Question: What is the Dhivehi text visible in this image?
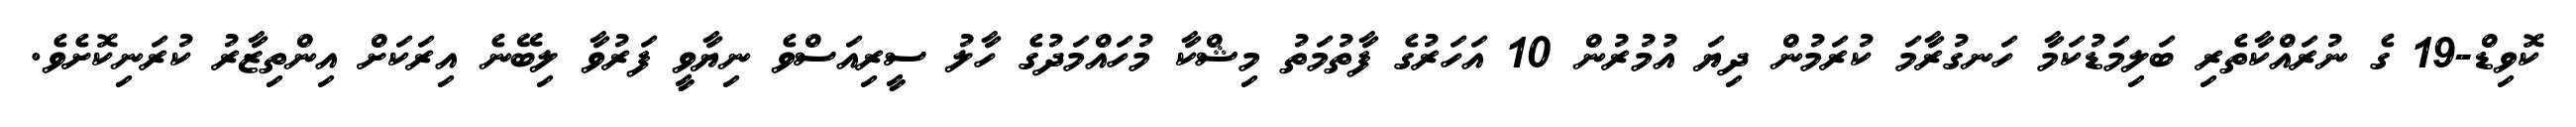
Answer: ކޮވިޑް-19 ގެ ނުރައްކާތެރި ބަލިމަޑުކަމާ ހަނގުރާމަ ކުރަމުން ދިޔަ އުމުރުން 10 އަހަރުގެ ފާތުމަތު މިޝްކާ މުހައްމަދުގެ ހާލު ސީރިއަސްވެ ނިޔާވީ ފަރުވާ ލިބޭނެ އިރަކަށް އިންތިޒާރު ކުރަނިކޮށެވެ.